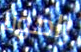
رامونا